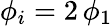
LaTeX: \phi_{i}=2\, \phi_{1}